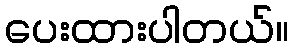
ပေးထားပါတယ်။